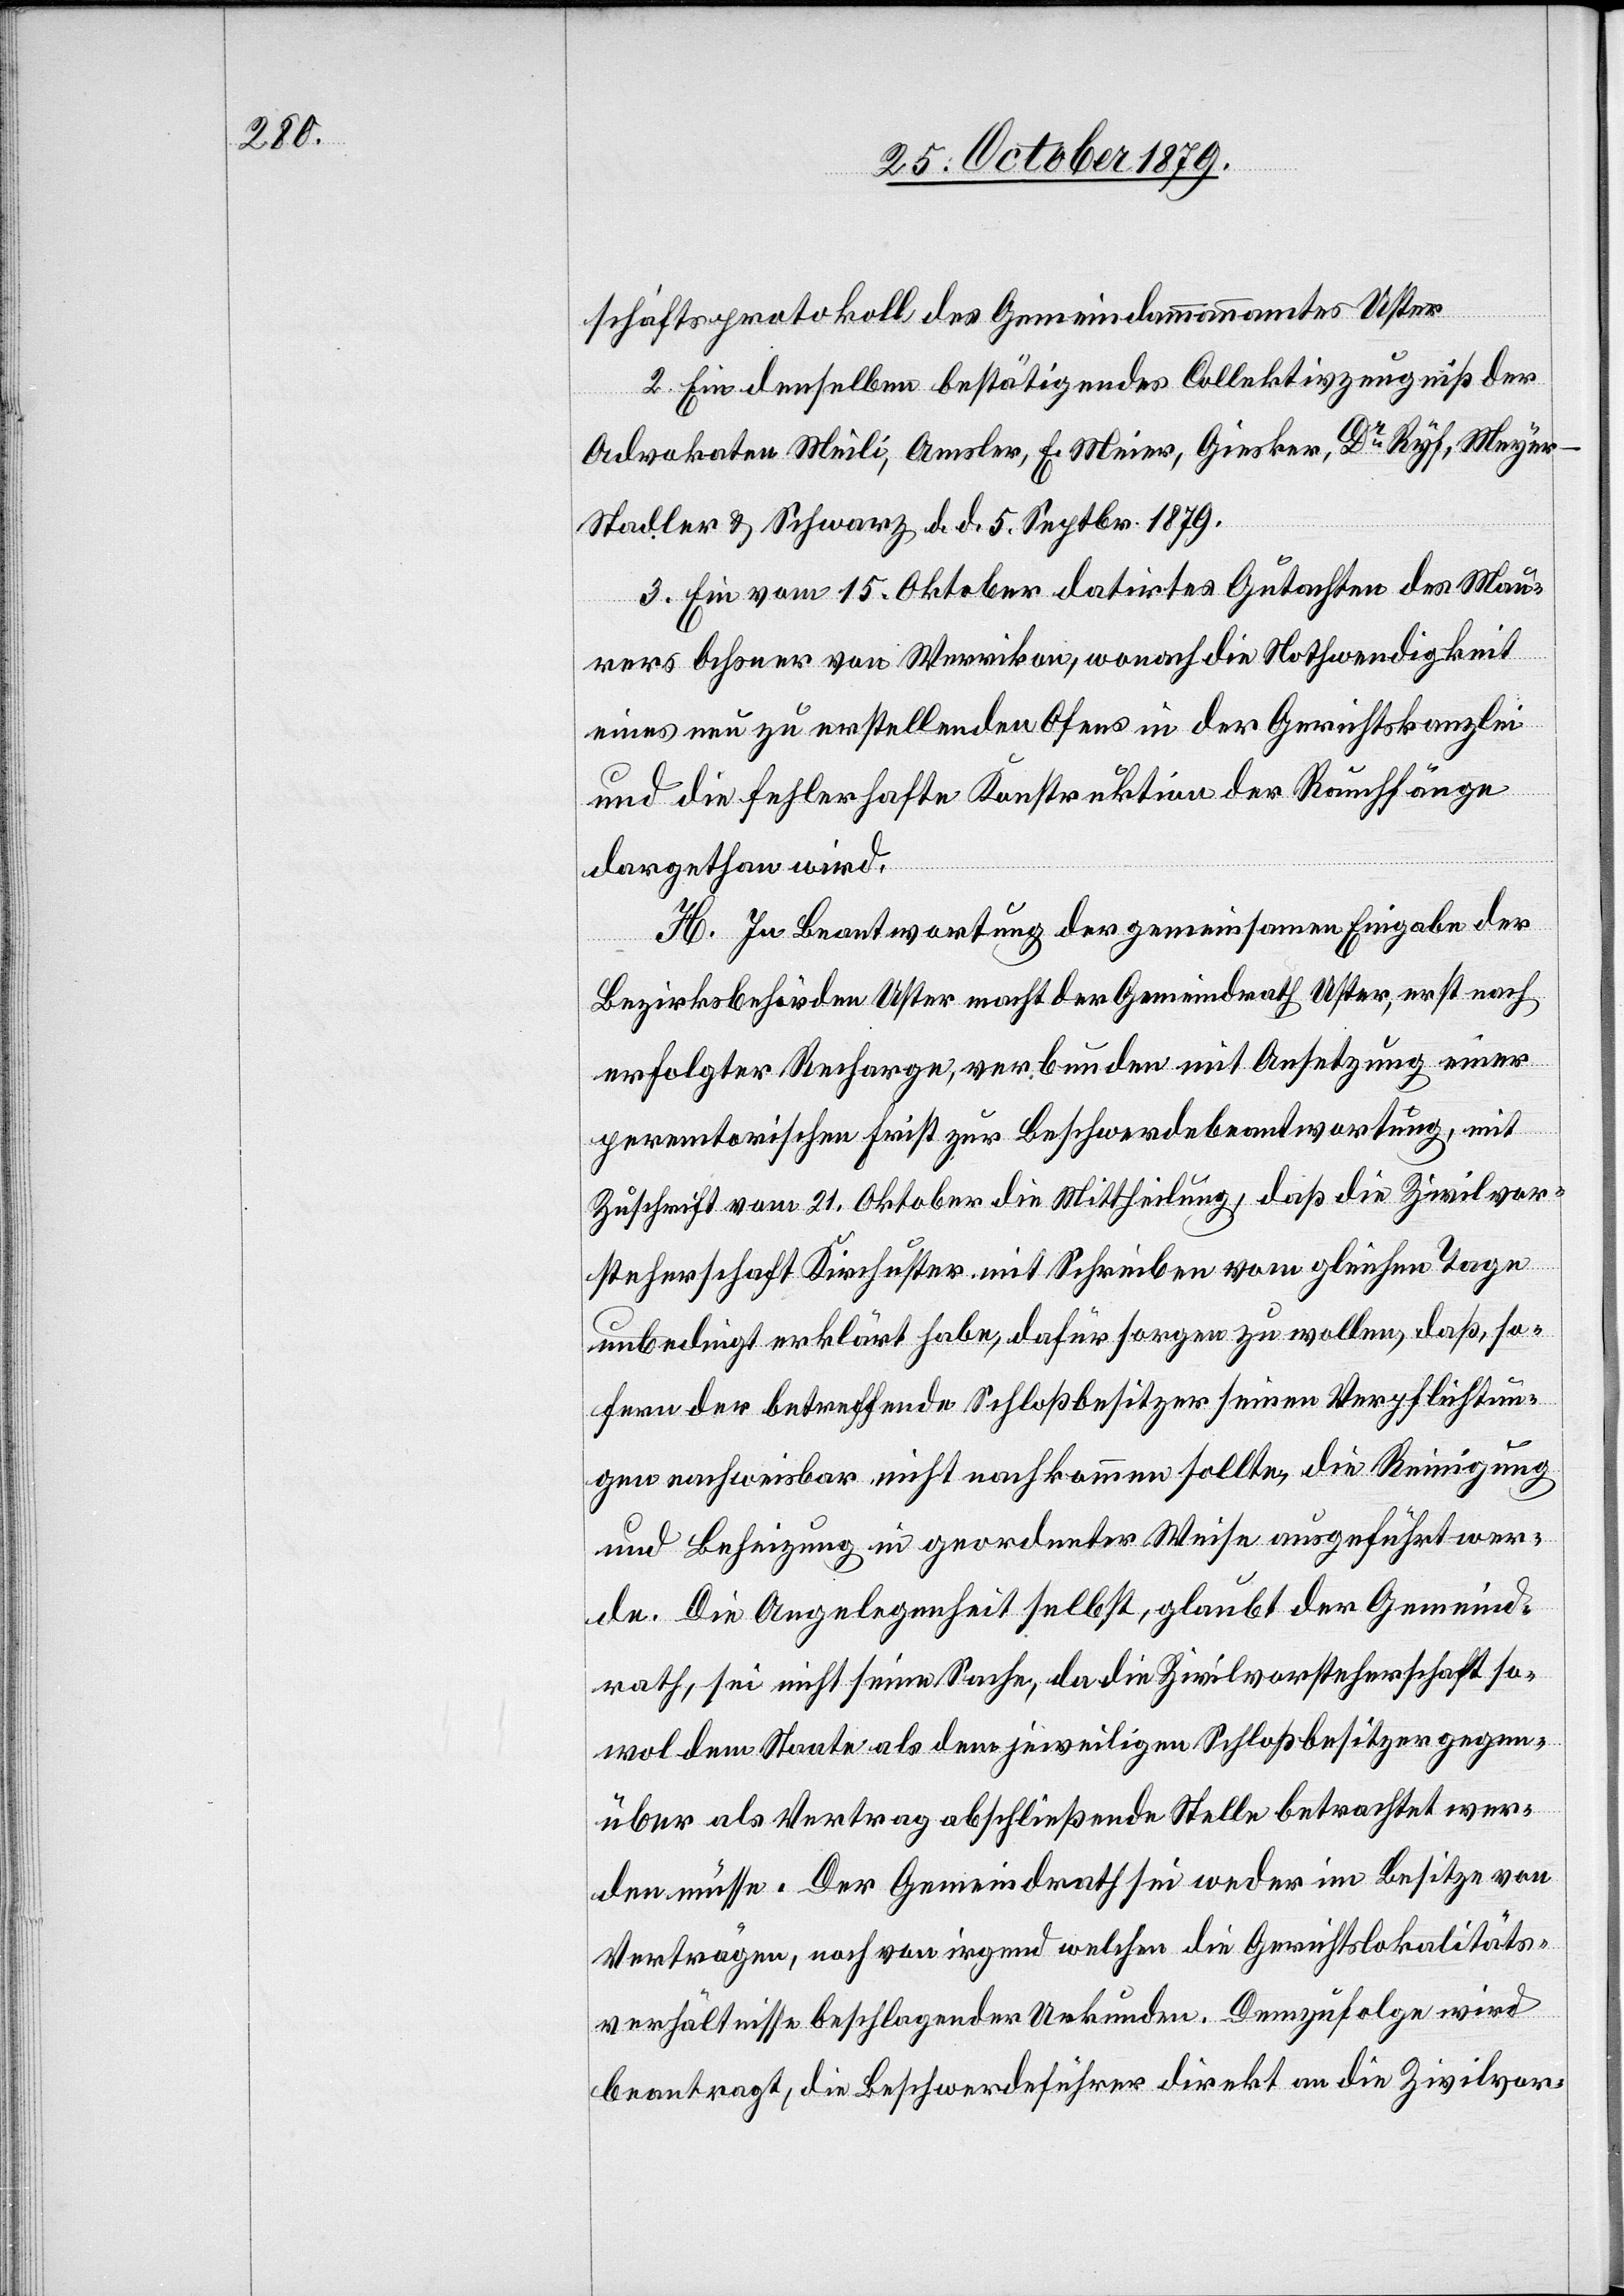
schäftsprotokoll des Gemeindammannamtes Uster.
2. Ein denselben bestätigendes Collektivzeugniß der
Advokaten Meili, Amsler, E. Meier, Giesker, Dr Ryf, Meyer-S¬
tadler & Schwarz d. d. 5. Septbr. 1879.
3. Ein vom 15. Oktober datirtes Gutachten des Mau¬
rers Ochsner von Werrikon, wonach die Nothwendigkeit
eines neu zu erstellenden Ofens in der Gerichtskanzlei
und die fehlerhafte Konstruktion der Rauchfänge
dargethan wird.
H. In Beantwortung der gemeinsamen Eingabe der
Bezirksbehörden Uster macht der Gemeindrath Uster, erst nach
erfolgter Recharge, verbunden mit Ansetzung einer
peremtorischen Frist zur Beschwerdebeantwortung, mit
Zuschrift vom 21. Oktober die Mittheilung, daß die Zivilvor¬
steherschaft Kirchuster mit Schreiben vom gleichen Tage
unbedingt erklärt habe, dafür sorgen zu wollen, daß, so¬
fern der betreffende Schloßbesitzer seinen Verpflichtun¬
gen nachweisbar nicht nachkommen sollte, die Reinigung
und Beheizung in geordneter Weise ausgeführt wer¬
de. Die Angelegenheit selbst, glaubt der Gemeind¬
rath, sei nicht seine Sache, da die Zivilvorsteherschaft so¬
wol dem Staate als dem jeweiligen Schloßbesitzer gegen¬
über als Vertrag abschließende Stelle betrachtet wer¬
den müsse. Der Gemeindrath sei weder im Besitz von
Verträgen, noch von irgend welchen die Gerichtslokalitäts¬
verhältnisse beschlagender Urkunden. Demzufolge wird
beantragt, die Beschwerdeführer direkt an die Zivilvor-